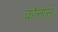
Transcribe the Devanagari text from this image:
कौनास